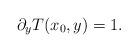
LaTeX: \begin{align*}\partial_y T(x_0,y) =1.\end{align*}